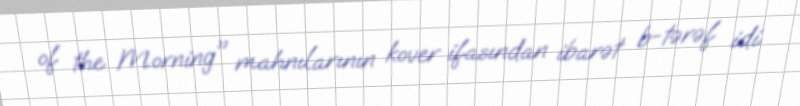
of the Morning" mahnılarının kover ifasından ibarət b-tərəf idi.